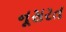
નૂસરત